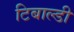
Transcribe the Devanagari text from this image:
टिबाल्डी